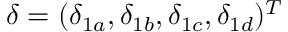
\boldsymbol { \delta } = ( \delta _ { 1 a } , \delta _ { 1 b } , \delta _ { 1 c } , \delta _ { 1 d } ) ^ { T }